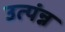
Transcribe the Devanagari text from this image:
उत्पंन्न